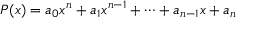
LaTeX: P ( x ) = a _ { 0 } x ^ { n } + a _ { 1 } x ^ { n - 1 } + \cdots + a _ { n - 1 } x + a _ { n }